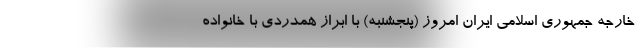
خارجه جمهوری اسلامی ایران امروز (پنجشنبه) با ابراز همدردی با خانواده